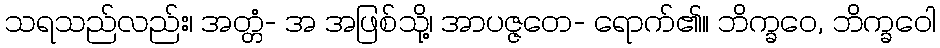
သရသည်လည်း၊ အတ္တံ- အ အဖြစ်သို့၊ အာပဇ္ဇတေ- ရောက်၏။ ဘိက္ခဝေ, ဘိက္ခဝေါ